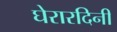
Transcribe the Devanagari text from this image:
घेरारदिनी